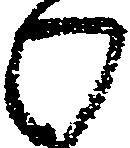
わ